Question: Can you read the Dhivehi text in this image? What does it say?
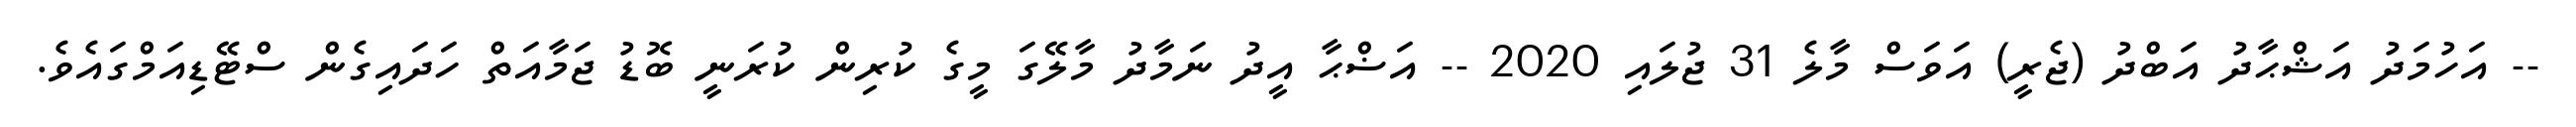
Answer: -- އަހުމަދު އަޝްޙާދު އަބްދު (ޖެރީ) އަވަސް މާލެ 31 ޖުލައި 2020 -- އަޟްޙާ އީދު ނަމާދު މާލޭގަ މީގެ ކުރިން ކުރަނީ ބޮޑު ޖަމާއަތް ހަދައިގެން ސްޓޭޑިއަމްގައެވެ.